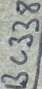
Text: BC338